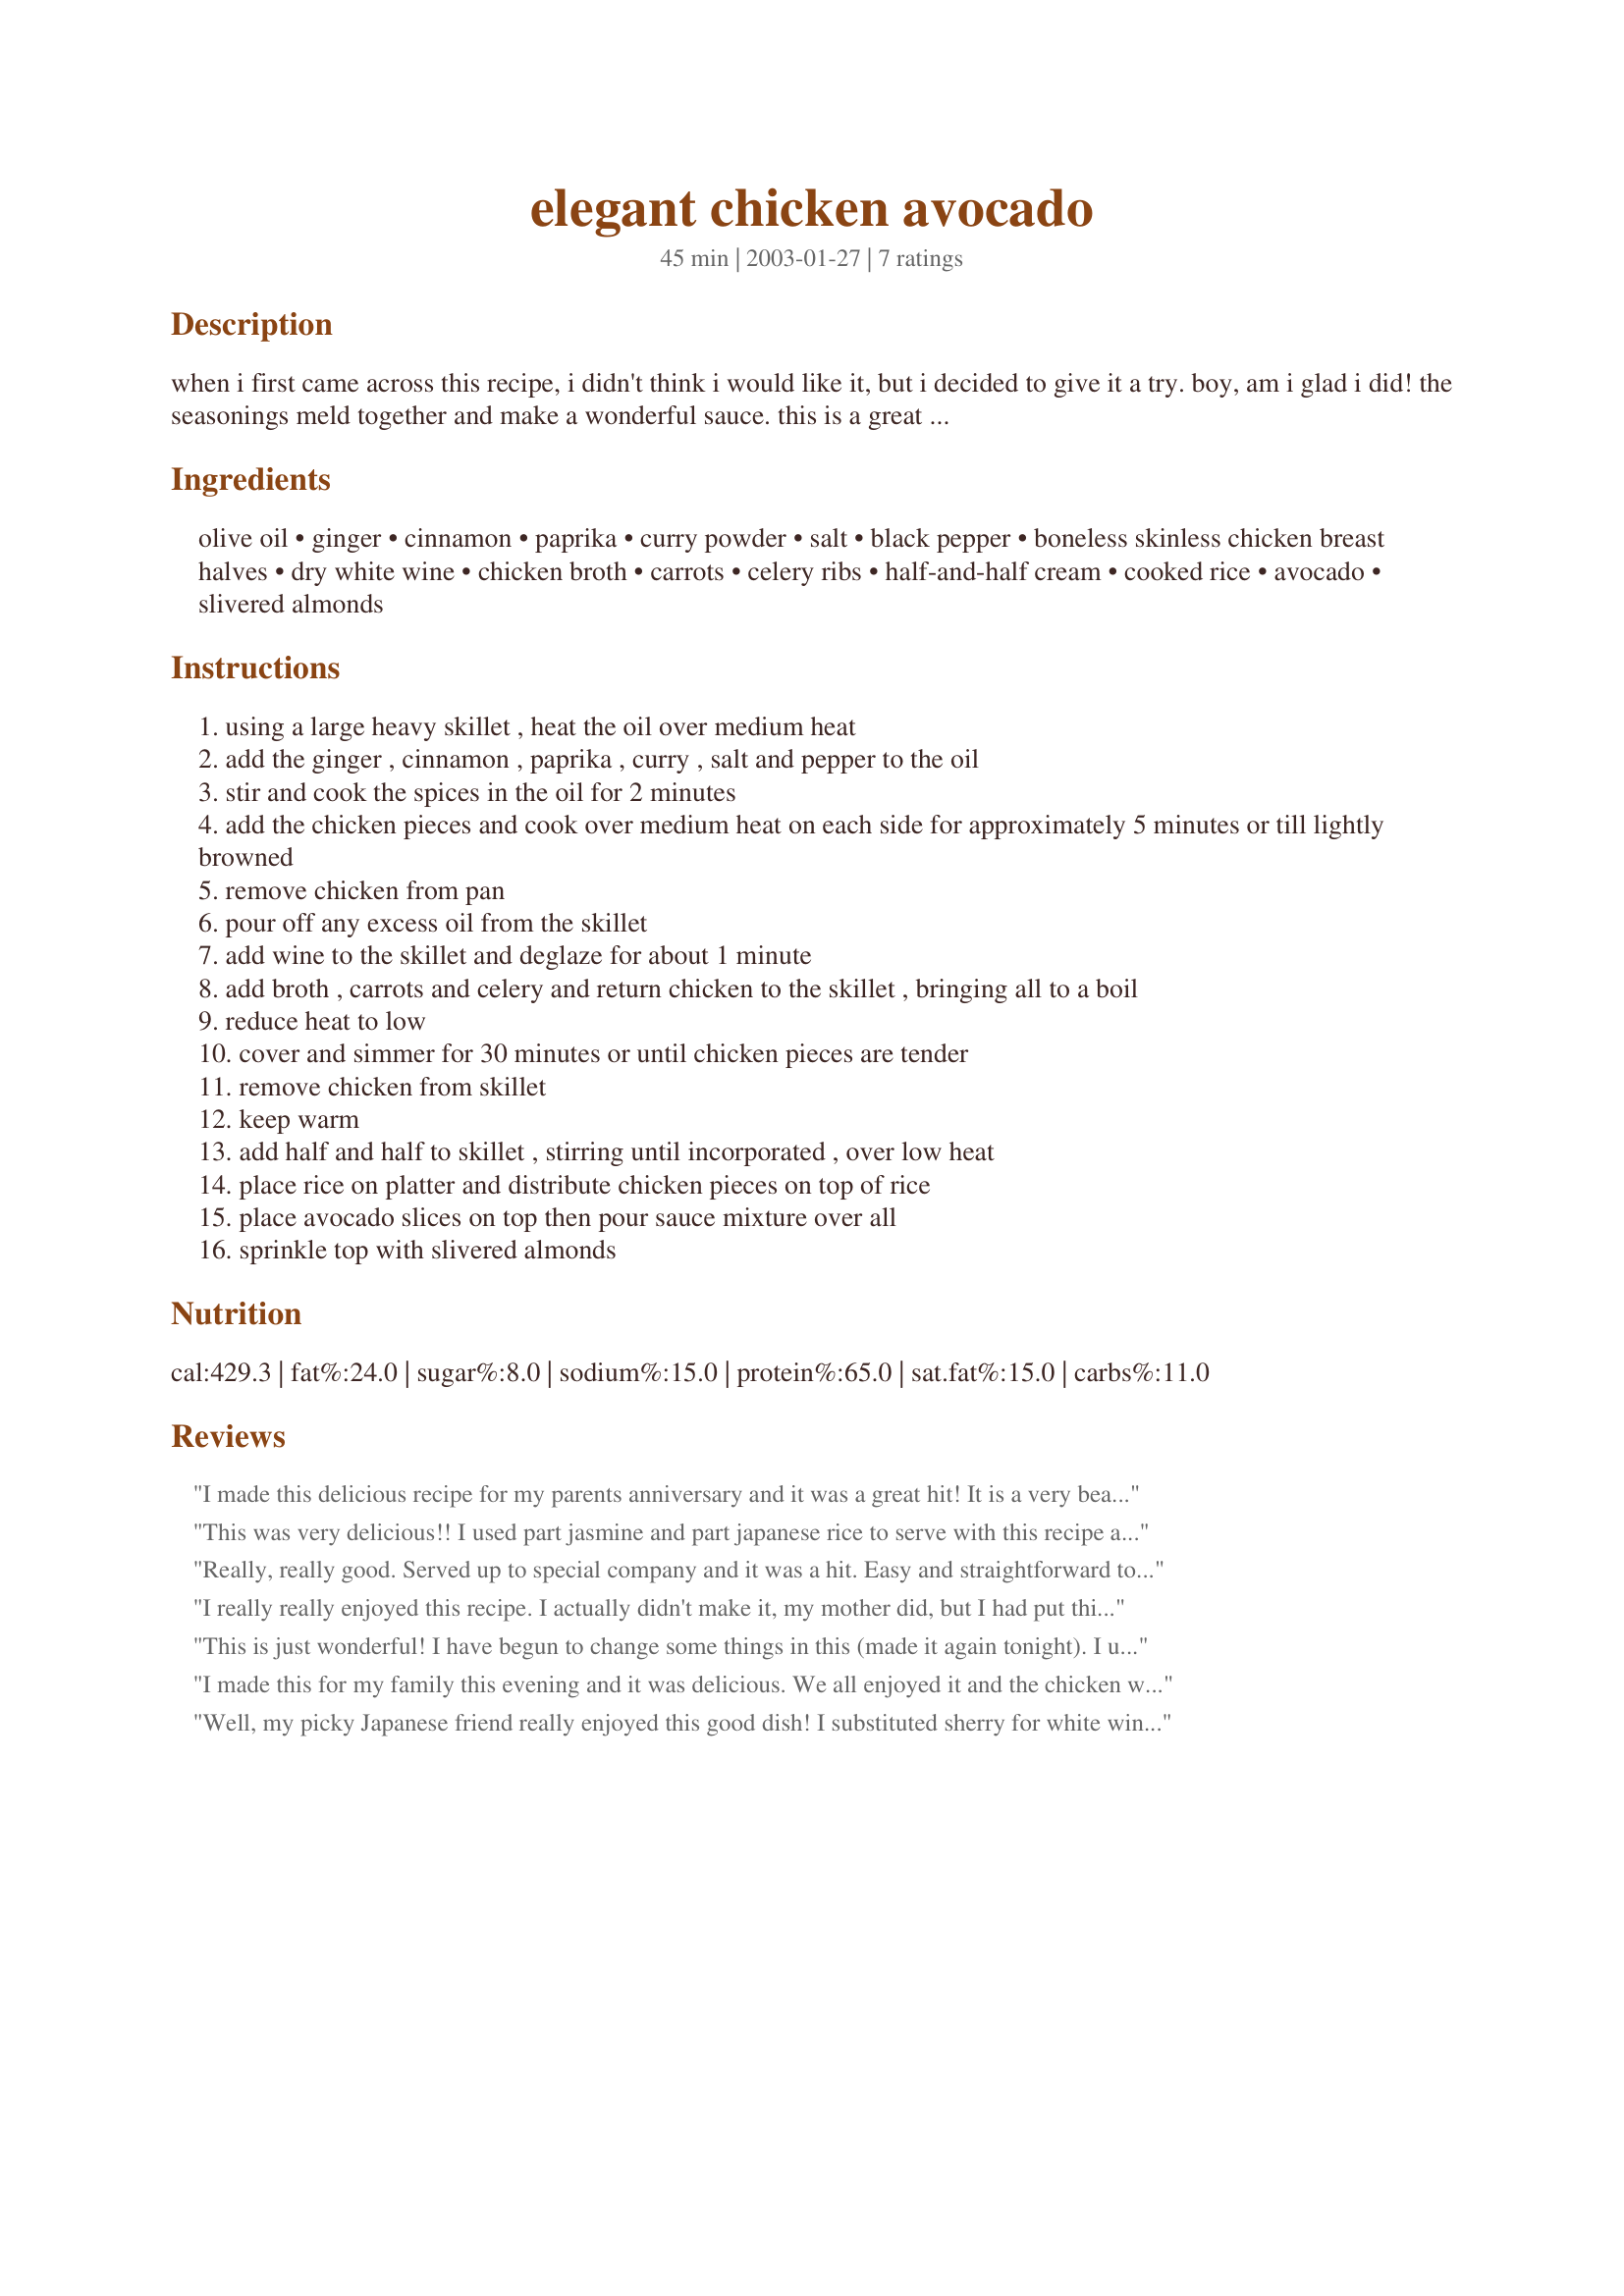
elegant chicken avocado
Preparation time: 45 minutes

when i first came across this recipe, i didn't think i would like it, but i decided to give it a try. boy, am i glad i did! the seasonings meld together and make a wonderful sauce. this is a great choice when you want something a little extra special or for company. if you only need 4 servings, make less cooked rice and only use 4 breast halves. i have also prepared this recipe using turkey tenderloins.

Ingredients:
olive oil, ginger, cinnamon, paprika, curry powder, salt, black pepper, boneless skinless chicken breast halves, dry white wine, chicken broth, carrots, celery ribs, half-and-half cream, cooked rice, avocado, slivered almonds

Steps:
using a large heavy skillet , heat the oil over medium heat
add the ginger , cinnamon , paprika , curry , salt and pepper to the oil
stir and cook the spices in the oil for 2 minutes
add the chicken pieces and cook over medium heat on each side for approximately 5 minutes or till lightly browned
remove chicken from pan
pour off any excess oil from the skillet
add wine to the skillet and deglaze for about 1 minute
add broth , carrots and celery and return chicken to the skillet , bringing all to a boil
reduce heat to low
cover and simmer for 30 minutes or until chicken pieces are tender
remove chicken from skillet
keep warm
add half and half to skillet , stirring until incorporated , over low heat
place rice on platter and distribute chicken pieces on top of rice
place avocado slices on top then pour sauce mixture over all
sprinkle top with slivered almonds

Reviews:
I made this delicious recipe for my parents anniversary and it was a great hit! It is a very beautiful and easy to make dish.
This was very delicious!! I used part jasmine and part japanese rice to serve with this recipe and I steamed it with chicken broth and saffron. I didn't have celery but had frozen carrots. I also fried some chopped onions and added it for the simmering. Also, I used evaporated milk instead of half and half and it was still very good!! I took photos of it and sorry I am not great at food presentation but I decided to post them anyways :D
Thanks for this recipe!!
Really, really good. Served up to special company and it was a hit. Easy and straightforward to prepare. Used sherry instead of white wine, and used toasted slivered almonds. The avocado is especially pleasant here. I made 4 breasts of chicken but kept everything else the same. Served a few asparagus spears alongside that were baked in lemon juice. Perfect. Another keeper.
I really really enjoyed this recipe. I actually didn't make it, my mother did, but I had put this in my "Chicken Dish" cookbook a long time ago and just never had the chance to make it. Anyway, my mother wanted to make something and have us over, so I offered up this recipe. And am I glad I did! I loved the combination of flavors from all the spices and the freshness of the carrots, celery, avacado, and almonds. My mom made using chicken breasts and turkey tenderloins and both were very tasty. The only thing that caused this to be a 4 star recipe was that I think there was a bit too much black pepper. I love pepper, but I think that the flavor came out too strong. Other then that, it was a superb meal and will be added to "My Familie's Favorites" cookbook. Thanks for an awesome dish!
This is just wonderful! I have begun to change some things in this (made it again tonight). I used asparagus tips instead of celery. I added those at 15 minutes of simmer when I flipped the chicken. At the same time, I added some port simmered/soaked raisens. Also-sweet evaporated milk in lieu of half and half. Quite tasty! THANK YOU!
I made this for my family this evening and it was delicious. We all enjoyed it and the chicken was very tender. Will definately make this again!! Thanks for posting this recipe.
Well, my picky Japanese friend really enjoyed this good dish! I substituted sherry for white wine and used fresh ground ginger rather than powdered. Other than that, I followed the recipe exactly as it was written, and it was so-o good. Thank you, Susie.
